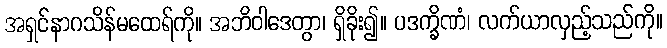
အရှင်နာဂသိန်မထေရ်ကို။ အဘိဝါဒေတွာ၊ ရှိခိုး၍။ ပဒက္ခိဏံ၊ လက်ယာလှည့်သည်ကို။